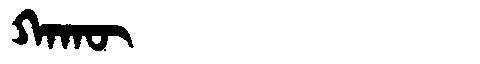
Manchu: ᡴᠠᡴᡡ
Romanization: KAKŪ